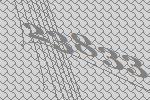
23833